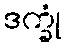
ဒက္ခုံ